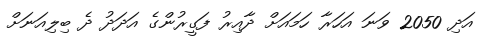
އަދި 2050 ވަނަ އަހަރާ ހަމައަށް ދާއިރު ފަގީރުންގެ އަދަދު ދެ ބިލިއަނަށް